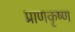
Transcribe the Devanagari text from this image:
प्राणकृष्ण